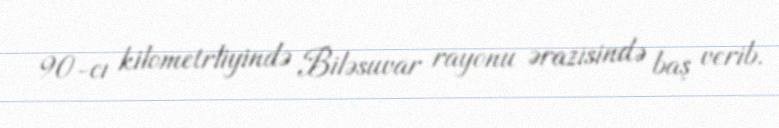
90-cı kilometrliyində Biləsuvar rayonu ərazisində baş verib.